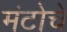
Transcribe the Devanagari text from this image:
मंटोचे